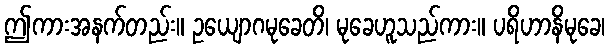
ဤကားအနက်တည်း။ ဥယျောဂမုခေတိ၊ မုခေဟူသည်ကား။ ပရိဟာနိမုခေ၊